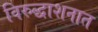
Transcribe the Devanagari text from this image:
विरुद्धाशनात